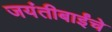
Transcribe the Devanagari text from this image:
जयंतीबाईंचे